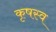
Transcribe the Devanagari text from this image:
कृषस्व